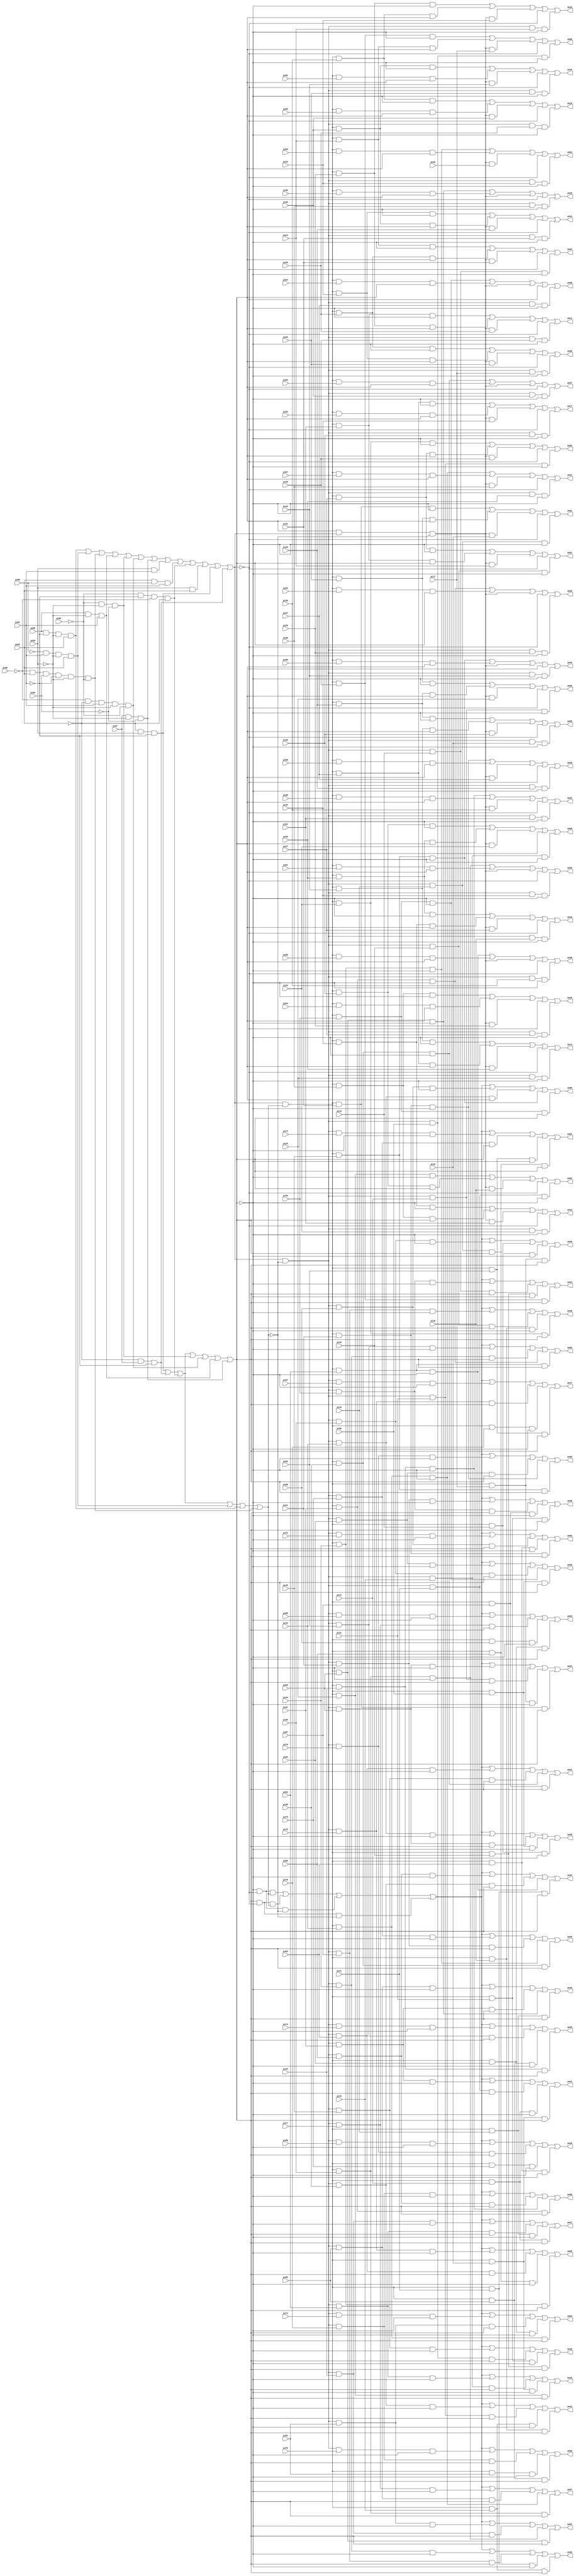
// Benchmark "i9" written by ABC on Thu Mar 19 13:02:36 2020

module i9 ( 
    pi00, pi01, pi02, pi03, pi04, pi05, pi06, pi07, pi08, pi09, pi10, pi11,
    pi12, pi13, pi14, pi15, pi16, pi17, pi18, pi19, pi20, pi21, pi22, pi23,
    pi24, pi25, pi26, pi27, pi28, pi29, pi30, pi31, pi32, pi33, pi34, pi35,
    pi36, pi37, pi38, pi39, pi40, pi41, pi42, pi43, pi44, pi45, pi46, pi47,
    pi48, pi49, pi50, pi51, pi52, pi53, pi54, pi55, pi56, pi57, pi58, pi59,
    pi60, pi61, pi62, pi63, pi64, pi65, pi66, pi67, pi68, pi69, pi70, pi71,
    pi72, pi73, pi74, pi75, pi76, pi77, pi78, pi79, pi80, pi81, pi82, pi83,
    pi84, pi85, pi86, pi87,
    po00, po01, po02, po03, po04, po05, po06, po07, po08, po09, po10, po11,
    po12, po13, po14, po15, po16, po17, po18, po19, po20, po21, po22, po23,
    po24, po25, po26, po27, po28, po29, po30, po31, po32, po33, po34, po35,
    po36, po37, po38, po39, po40, po41, po42, po43, po44, po45, po46, po47,
    po48, po49, po50, po51, po52, po53, po54, po55, po56, po57, po58, po59,
    po60, po61, po62  );
  input  pi00, pi01, pi02, pi03, pi04, pi05, pi06, pi07, pi08, pi09,
    pi10, pi11, pi12, pi13, pi14, pi15, pi16, pi17, pi18, pi19, pi20, pi21,
    pi22, pi23, pi24, pi25, pi26, pi27, pi28, pi29, pi30, pi31, pi32, pi33,
    pi34, pi35, pi36, pi37, pi38, pi39, pi40, pi41, pi42, pi43, pi44, pi45,
    pi46, pi47, pi48, pi49, pi50, pi51, pi52, pi53, pi54, pi55, pi56, pi57,
    pi58, pi59, pi60, pi61, pi62, pi63, pi64, pi65, pi66, pi67, pi68, pi69,
    pi70, pi71, pi72, pi73, pi74, pi75, pi76, pi77, pi78, pi79, pi80, pi81,
    pi82, pi83, pi84, pi85, pi86, pi87;
  output po00, po01, po02, po03, po04, po05, po06, po07, po08, po09, po10,
    po11, po12, po13, po14, po15, po16, po17, po18, po19, po20, po21, po22,
    po23, po24, po25, po26, po27, po28, po29, po30, po31, po32, po33, po34,
    po35, po36, po37, po38, po39, po40, po41, po42, po43, po44, po45, po46,
    po47, po48, po49, po50, po51, po52, po53, po54, po55, po56, po57, po58,
    po59, po60, po61, po62;
  wire new_n152_, new_n153_, new_n154_, new_n155_, new_n156_, new_n157_,
    new_n158_, new_n159_, new_n160_, new_n161_, new_n162_, new_n163_,
    new_n164_, new_n165_, new_n166_, new_n167_, new_n168_, new_n169_,
    new_n170_, new_n171_, new_n172_, new_n173_, new_n174_, new_n175_,
    new_n176_, new_n178_, new_n180_, new_n182_, new_n184_, new_n186_,
    new_n188_, new_n190_, new_n192_, new_n194_, new_n196_, new_n198_,
    new_n200_, new_n202_, new_n204_, new_n206_, new_n208_, new_n210_,
    new_n212_, new_n214_, new_n216_, new_n218_, new_n220_, new_n222_,
    new_n224_, new_n226_, new_n228_, new_n230_, new_n232_, new_n234_,
    new_n236_, new_n238_, new_n239_, new_n240_, new_n241_, new_n242_,
    new_n243_, new_n244_, new_n245_, new_n246_, new_n247_, new_n248_,
    new_n249_, new_n250_, new_n251_, new_n252_, new_n253_, new_n254_,
    new_n255_, new_n256_, new_n257_, new_n258_, new_n259_, new_n260_,
    new_n261_, new_n262_, new_n263_, new_n264_, new_n265_, new_n266_,
    new_n267_, new_n268_, new_n269_, new_n270_, new_n271_, new_n272_,
    new_n273_, new_n274_, new_n275_, new_n276_, new_n277_, new_n278_,
    new_n279_, new_n280_, new_n281_, new_n282_, new_n283_, new_n284_,
    new_n285_, new_n286_, new_n287_, new_n288_, new_n289_, new_n290_,
    new_n291_, new_n292_, new_n293_, new_n294_, new_n295_, new_n296_,
    new_n297_, new_n298_, new_n299_, new_n300_, new_n301_, new_n302_,
    new_n303_, new_n304_, new_n305_, new_n306_, new_n307_, new_n308_,
    new_n309_, new_n310_, new_n311_, new_n312_, new_n313_, new_n314_,
    new_n315_, new_n316_, new_n317_, new_n318_, new_n319_, new_n320_,
    new_n321_, new_n322_, new_n323_, new_n356_, new_n357_, new_n358_,
    new_n359_, new_n360_, new_n361_, new_n362_, new_n363_, new_n364_,
    new_n365_, new_n366_, new_n367_, new_n368_, new_n369_, new_n370_,
    new_n371_, new_n372_, new_n373_, new_n374_, new_n375_, new_n376_,
    new_n377_, new_n378_, new_n379_, new_n380_, new_n381_, new_n382_,
    new_n383_, new_n384_, new_n385_, new_n386_, new_n387_, new_n388_,
    new_n389_, new_n390_, new_n391_, new_n392_, new_n393_, new_n394_,
    new_n395_, new_n396_, new_n397_, new_n398_, new_n399_, new_n400_,
    new_n401_, new_n402_, new_n403_, new_n404_, new_n405_, new_n406_,
    new_n407_, new_n408_, new_n409_, new_n410_, new_n411_, new_n412_,
    new_n413_, new_n414_, new_n415_, new_n416_, new_n417_, new_n418_,
    new_n419_, new_n420_, new_n421_, new_n422_, new_n423_, new_n424_,
    new_n425_, new_n426_, new_n427_, new_n428_, new_n429_, new_n430_,
    new_n431_, new_n432_, new_n433_, new_n434_, new_n435_, new_n436_,
    new_n437_, new_n438_, new_n439_, new_n440_, new_n441_, new_n442_,
    new_n443_, new_n444_, new_n445_, new_n446_, new_n447_, new_n448_,
    new_n449_, new_n450_, new_n451_, new_n452_, new_n453_, new_n454_,
    new_n455_, new_n456_, new_n457_, new_n458_, new_n459_, new_n460_,
    new_n461_, new_n462_, new_n463_, new_n464_, new_n465_, new_n466_,
    new_n467_, new_n468_, new_n469_, new_n470_, new_n471_, new_n472_,
    new_n473_, new_n474_, new_n475_, new_n476_, new_n477_, new_n478_,
    new_n479_, new_n480_, new_n481_, new_n482_, new_n483_, new_n484_,
    new_n485_, new_n486_, new_n487_, new_n488_, new_n489_, new_n490_,
    new_n491_, new_n492_, new_n493_, new_n494_, new_n495_, new_n496_,
    new_n497_, new_n498_, new_n499_, new_n500_, new_n501_, new_n502_,
    new_n503_, new_n504_;
  assign new_n152_ = pi02 & pi00 & pi01;
  assign new_n153_ = pi03 & pi01;
  assign new_n154_ = pi03 & pi02;
  assign new_n155_ = ~pi04;
  assign new_n156_ = ~pi05;
  assign new_n157_ = ~pi03;
  assign new_n158_ = new_n156_ & new_n157_ & new_n155_;
  assign new_n159_ = ~pi02;
  assign new_n160_ = ~pi06;
  assign new_n161_ = new_n160_ & new_n159_ & pi01 & new_n157_ & new_n156_;
  assign new_n162_ = pi07 & new_n157_ & new_n155_;
  assign new_n163_ = pi08 & new_n157_ & pi01;
  assign new_n164_ = ~pi00;
  assign new_n165_ = new_n164_ & pi01 & new_n157_ & pi02;
  assign new_n166_ = ~pi01;
  assign new_n167_ = new_n160_ & pi02 & pi04 & new_n166_ & new_n157_ & new_n156_;
  assign new_n168_ = pi08 & new_n166_ & new_n157_ & pi02;
  assign new_n169_ = new_n156_ & new_n166_ & new_n160_ & new_n159_;
  assign new_n170_ = new_n159_ & pi07 & new_n166_;
  assign new_n171_ = new_n159_ & pi03 & new_n166_;
  assign new_n172_ = new_n168_ | new_n165_ | new_n167_ | new_n163_ | new_n158_ | new_n161_ | new_n162_ | new_n153_ | new_n152_ | new_n169_ | new_n154_ | new_n171_ | new_n170_;
  assign new_n173_ = new_n171_ | new_n170_ | new_n169_ | new_n165_ | new_n168_ | new_n167_;
  assign new_n174_ = new_n171_ | new_n170_ | new_n169_ | new_n158_ | new_n161_ | new_n163_ | new_n162_;
  assign new_n175_ = ~new_n172_;
  assign new_n176_ = new_n172_ & new_n484_ & pi09 & new_n485_;
  assign po00 = new_n262_ | new_n293_ | new_n238_ | new_n175_ | new_n176_;
  assign new_n178_ = new_n172_ & new_n484_ & pi10 & new_n485_;
  assign po01 = new_n263_ | new_n294_ | new_n239_ | new_n175_ | new_n178_;
  assign new_n180_ = new_n172_ & new_n484_ & pi11 & new_n485_;
  assign po02 = new_n264_ | new_n295_ | new_n240_ | new_n175_ | new_n180_;
  assign new_n182_ = new_n172_ & new_n484_ & pi12 & new_n485_;
  assign po03 = new_n265_ | new_n296_ | new_n241_ | new_n175_ | new_n182_;
  assign new_n184_ = new_n172_ & new_n484_ & pi13 & new_n485_;
  assign po04 = new_n266_ | new_n297_ | new_n242_ | new_n175_ | new_n184_;
  assign new_n186_ = new_n172_ & new_n484_ & pi14 & new_n485_;
  assign po05 = new_n267_ | new_n298_ | new_n243_ | new_n175_ | new_n186_;
  assign new_n188_ = new_n172_ & new_n484_ & pi15 & new_n485_;
  assign po06 = new_n268_ | new_n299_ | new_n244_ | new_n175_ | new_n188_;
  assign new_n190_ = new_n172_ & new_n484_ & pi16 & new_n485_;
  assign po07 = new_n269_ | new_n300_ | new_n245_ | new_n175_ | new_n190_;
  assign new_n192_ = new_n172_ & new_n484_ & pi17 & new_n485_;
  assign po08 = new_n270_ | new_n301_ | new_n246_ | new_n175_ | new_n192_;
  assign new_n194_ = new_n172_ & new_n484_ & pi18 & new_n485_;
  assign po09 = new_n271_ | new_n302_ | new_n247_ | new_n175_ | new_n194_;
  assign new_n196_ = new_n172_ & new_n484_ & pi19 & new_n485_;
  assign po10 = new_n272_ | new_n303_ | new_n248_ | new_n175_ | new_n196_;
  assign new_n198_ = new_n172_ & new_n484_ & pi20 & new_n485_;
  assign po11 = new_n273_ | new_n304_ | new_n249_ | new_n175_ | new_n198_;
  assign new_n200_ = new_n172_ & new_n484_ & pi21 & new_n485_;
  assign po12 = new_n274_ | new_n305_ | new_n250_ | new_n175_ | new_n200_;
  assign new_n202_ = new_n172_ & new_n484_ & pi22 & new_n485_;
  assign po13 = new_n275_ | new_n306_ | new_n251_ | new_n175_ | new_n202_;
  assign new_n204_ = new_n172_ & new_n484_ & pi23 & new_n485_;
  assign po14 = new_n276_ | new_n307_ | new_n252_ | new_n175_ | new_n204_;
  assign new_n206_ = new_n172_ & new_n484_ & pi24 & new_n485_;
  assign po15 = new_n277_ | new_n308_ | new_n253_ | new_n175_ | new_n206_;
  assign new_n208_ = new_n172_ & new_n484_ & pi25 & new_n485_;
  assign po16 = new_n278_ | new_n309_ | new_n254_ | new_n175_ | new_n208_;
  assign new_n210_ = new_n172_ & new_n484_ & pi26 & new_n485_;
  assign po17 = new_n279_ | new_n310_ | new_n255_ | new_n175_ | new_n210_;
  assign new_n212_ = new_n172_ & new_n484_ & pi27 & new_n485_;
  assign po18 = new_n280_ | new_n311_ | new_n256_ | new_n175_ | new_n212_;
  assign new_n214_ = new_n172_ & new_n484_ & pi28 & new_n485_;
  assign po19 = new_n281_ | new_n312_ | new_n257_ | new_n175_ | new_n214_;
  assign new_n216_ = new_n172_ & new_n484_ & pi29 & new_n485_;
  assign po20 = new_n282_ | new_n313_ | new_n258_ | new_n175_ | new_n216_;
  assign new_n218_ = new_n172_ & new_n484_ & pi30 & new_n485_;
  assign po21 = new_n283_ | new_n314_ | new_n259_ | new_n175_ | new_n218_;
  assign new_n220_ = new_n172_ & new_n484_ & pi31 & new_n485_;
  assign po22 = new_n284_ | new_n315_ | new_n260_ | new_n175_ | new_n220_;
  assign new_n222_ = new_n172_ & new_n484_ & pi32 & new_n485_;
  assign po23 = new_n285_ | new_n316_ | new_n261_ | new_n175_ | new_n222_;
  assign new_n224_ = new_n172_ & new_n484_ & pi33 & new_n485_;
  assign po24 = new_n286_ | new_n317_ | new_n487_ | new_n175_ | new_n224_;
  assign new_n226_ = new_n172_ & new_n484_ & pi34 & new_n485_;
  assign po25 = new_n287_ | new_n318_ | new_n487_ | new_n175_ | new_n226_;
  assign new_n228_ = new_n172_ & new_n484_ & pi35 & new_n485_;
  assign po26 = new_n288_ | new_n319_ | new_n487_ | new_n175_ | new_n228_;
  assign new_n230_ = new_n172_ & new_n484_ & pi36 & new_n485_;
  assign po27 = new_n289_ | new_n320_ | new_n487_ | new_n175_ | new_n230_;
  assign new_n232_ = new_n172_ & new_n484_ & pi37 & new_n485_;
  assign po28 = new_n290_ | new_n321_ | new_n487_ | new_n175_ | new_n232_;
  assign new_n234_ = new_n172_ & new_n484_ & pi38 & new_n485_;
  assign po29 = new_n291_ | new_n322_ | new_n487_ | new_n175_ | new_n234_;
  assign new_n236_ = new_n172_ & new_n484_ & pi39 & new_n485_;
  assign po30 = new_n292_ | new_n323_ | new_n487_ | new_n175_ | new_n236_;
  assign new_n238_ = new_n487_ & pi17;
  assign new_n239_ = new_n487_ & pi18;
  assign new_n240_ = new_n487_ & pi19;
  assign new_n241_ = new_n487_ & pi20;
  assign new_n242_ = new_n487_ & pi21;
  assign new_n243_ = new_n487_ & pi22;
  assign new_n244_ = new_n487_ & pi23;
  assign new_n245_ = new_n487_ & pi24;
  assign new_n246_ = new_n487_ & pi25;
  assign new_n247_ = new_n487_ & pi26;
  assign new_n248_ = new_n487_ & pi27;
  assign new_n249_ = new_n487_ & pi28;
  assign new_n250_ = new_n487_ & pi29;
  assign new_n251_ = new_n487_ & pi30;
  assign new_n252_ = new_n487_ & pi31;
  assign new_n253_ = new_n487_ & pi32;
  assign new_n254_ = new_n487_ & pi33;
  assign new_n255_ = new_n487_ & pi34;
  assign new_n256_ = new_n487_ & pi35;
  assign new_n257_ = new_n487_ & pi36;
  assign new_n258_ = new_n487_ & pi37;
  assign new_n259_ = new_n487_ & pi38;
  assign new_n260_ = new_n487_ & pi39;
  assign new_n261_ = new_n487_ & pi40;
  assign new_n262_ = new_n172_ & new_n173_ & pi20 & new_n488_;
  assign new_n263_ = new_n172_ & new_n173_ & pi21 & new_n488_;
  assign new_n264_ = new_n172_ & new_n173_ & pi22 & new_n488_;
  assign new_n265_ = new_n172_ & new_n173_ & pi23 & new_n488_;
  assign new_n266_ = new_n172_ & new_n173_ & pi24 & new_n488_;
  assign new_n267_ = new_n172_ & new_n173_ & pi25 & new_n488_;
  assign new_n268_ = new_n172_ & new_n173_ & pi26 & new_n488_;
  assign new_n269_ = new_n172_ & new_n173_ & pi27 & new_n488_;
  assign new_n270_ = new_n172_ & new_n173_ & pi28 & new_n488_;
  assign new_n271_ = new_n172_ & new_n173_ & pi29 & new_n488_;
  assign new_n272_ = new_n172_ & new_n173_ & pi30 & new_n488_;
  assign new_n273_ = new_n172_ & new_n173_ & pi31 & new_n488_;
  assign new_n274_ = new_n172_ & new_n173_ & pi32 & new_n488_;
  assign new_n275_ = new_n172_ & new_n173_ & pi33 & new_n488_;
  assign new_n276_ = new_n172_ & new_n173_ & pi34 & new_n488_;
  assign new_n277_ = new_n172_ & new_n173_ & pi35 & new_n488_;
  assign new_n278_ = new_n172_ & new_n173_ & pi36 & new_n488_;
  assign new_n279_ = new_n172_ & new_n173_ & pi37 & new_n488_;
  assign new_n280_ = new_n172_ & new_n173_ & pi38 & new_n488_;
  assign new_n281_ = new_n172_ & new_n173_ & pi39 & new_n488_;
  assign new_n282_ = new_n172_ & new_n173_ & pi41 & new_n488_;
  assign new_n283_ = new_n172_ & new_n173_ & pi42 & new_n488_;
  assign new_n284_ = new_n172_ & new_n173_ & pi43 & new_n488_;
  assign new_n285_ = new_n172_ & new_n173_ & pi44 & new_n488_;
  assign new_n286_ = new_n172_ & new_n173_ & pi45 & new_n488_;
  assign new_n287_ = new_n172_ & new_n173_ & pi46 & new_n488_;
  assign new_n288_ = new_n172_ & new_n173_ & pi47 & new_n488_;
  assign new_n289_ = new_n172_ & new_n173_ & pi48 & new_n488_;
  assign new_n290_ = new_n172_ & new_n173_ & pi49 & new_n488_;
  assign new_n291_ = new_n172_ & new_n173_ & pi50 & new_n488_;
  assign new_n292_ = new_n172_ & new_n173_ & pi51 & new_n488_;
  assign new_n293_ = new_n172_ & new_n173_ & pi24 & new_n174_;
  assign new_n294_ = new_n172_ & new_n173_ & pi25 & new_n174_;
  assign new_n295_ = new_n172_ & new_n173_ & pi26 & new_n174_;
  assign new_n296_ = new_n172_ & new_n173_ & pi27 & new_n174_;
  assign new_n297_ = new_n172_ & new_n173_ & pi28 & new_n174_;
  assign new_n298_ = new_n172_ & new_n173_ & pi29 & new_n174_;
  assign new_n299_ = new_n172_ & new_n173_ & pi30 & new_n174_;
  assign new_n300_ = new_n172_ & new_n173_ & pi31 & new_n174_;
  assign new_n301_ = new_n172_ & new_n173_ & pi32 & new_n174_;
  assign new_n302_ = new_n172_ & new_n173_ & pi33 & new_n174_;
  assign new_n303_ = new_n172_ & new_n173_ & pi34 & new_n174_;
  assign new_n304_ = new_n172_ & new_n173_ & pi35 & new_n174_;
  assign new_n305_ = new_n172_ & new_n173_ & pi36 & new_n174_;
  assign new_n306_ = new_n172_ & new_n173_ & pi37 & new_n174_;
  assign new_n307_ = new_n172_ & new_n173_ & pi38 & new_n174_;
  assign new_n308_ = new_n172_ & new_n173_ & pi39 & new_n174_;
  assign new_n309_ = new_n172_ & new_n173_ & pi52 & new_n174_;
  assign new_n310_ = new_n172_ & new_n173_ & pi53 & new_n174_;
  assign new_n311_ = new_n172_ & new_n173_ & pi54 & new_n174_;
  assign new_n312_ = new_n172_ & new_n173_ & pi55 & new_n174_;
  assign new_n313_ = new_n172_ & new_n173_ & pi56 & new_n174_;
  assign new_n314_ = new_n172_ & new_n173_ & pi57 & new_n174_;
  assign new_n315_ = new_n172_ & new_n173_ & pi58 & new_n174_;
  assign new_n316_ = new_n172_ & new_n173_ & pi59 & new_n174_;
  assign new_n317_ = new_n172_ & new_n173_ & pi60 & new_n174_;
  assign new_n318_ = new_n172_ & new_n173_ & pi61 & new_n174_;
  assign new_n319_ = new_n172_ & new_n173_ & pi62 & new_n174_;
  assign new_n320_ = new_n172_ & new_n173_ & pi63 & new_n174_;
  assign new_n321_ = new_n172_ & new_n173_ & pi64 & new_n174_;
  assign new_n322_ = new_n172_ & new_n173_ & pi65 & new_n174_;
  assign new_n323_ = new_n172_ & new_n173_ & pi66 & new_n174_;
  assign po31 = new_n498_ | new_n500_ | new_n492_ | new_n495_ | new_n372_ | new_n404_ | new_n436_ | new_n468_;
  assign po32 = new_n498_ | new_n500_ | new_n492_ | new_n495_ | new_n373_ | new_n405_ | new_n437_ | new_n469_;
  assign po33 = new_n498_ | new_n500_ | new_n492_ | new_n495_ | new_n374_ | new_n406_ | new_n438_ | new_n470_;
  assign po34 = new_n498_ | new_n500_ | new_n492_ | new_n495_ | new_n375_ | new_n407_ | new_n439_ | new_n471_;
  assign po35 = new_n498_ | new_n500_ | new_n492_ | new_n495_ | new_n376_ | new_n408_ | new_n440_ | new_n472_;
  assign po36 = new_n498_ | new_n500_ | new_n492_ | new_n495_ | new_n377_ | new_n409_ | new_n441_ | new_n473_;
  assign po37 = new_n498_ | new_n500_ | new_n492_ | new_n495_ | new_n378_ | new_n410_ | new_n442_ | new_n474_;
  assign po38 = new_n498_ | new_n500_ | new_n492_ | new_n495_ | new_n379_ | new_n411_ | new_n443_ | new_n475_;
  assign po39 = new_n498_ | new_n500_ | new_n492_ | new_n495_ | new_n380_ | new_n412_ | new_n444_ | new_n476_;
  assign po40 = new_n498_ | new_n500_ | new_n492_ | new_n495_ | new_n381_ | new_n413_ | new_n445_ | new_n477_;
  assign po41 = new_n498_ | new_n500_ | new_n492_ | new_n495_ | new_n382_ | new_n414_ | new_n446_ | new_n478_;
  assign po42 = new_n498_ | new_n500_ | new_n492_ | new_n495_ | new_n383_ | new_n415_ | new_n447_ | new_n479_;
  assign po43 = new_n498_ | new_n500_ | new_n492_ | new_n495_ | new_n384_ | new_n416_ | new_n448_ | new_n480_;
  assign po44 = new_n498_ | new_n500_ | new_n492_ | new_n495_ | new_n385_ | new_n417_ | new_n449_ | new_n481_;
  assign po45 = new_n498_ | new_n500_ | new_n492_ | new_n495_ | new_n386_ | new_n418_ | new_n450_ | new_n482_;
  assign po46 = new_n498_ | new_n500_ | new_n492_ | new_n495_ | new_n387_ | new_n419_ | new_n451_ | new_n483_;
  assign po47 = new_n498_ | new_n500_ | new_n492_ | new_n495_ | new_n356_ | new_n388_ | new_n420_ | new_n452_;
  assign po48 = new_n498_ | new_n500_ | new_n492_ | new_n495_ | new_n357_ | new_n389_ | new_n421_ | new_n453_;
  assign po49 = new_n498_ | new_n500_ | new_n492_ | new_n495_ | new_n358_ | new_n390_ | new_n422_ | new_n454_;
  assign po50 = new_n498_ | new_n500_ | new_n492_ | new_n495_ | new_n359_ | new_n391_ | new_n423_ | new_n455_;
  assign po51 = new_n498_ | new_n500_ | new_n492_ | new_n495_ | new_n360_ | new_n392_ | new_n424_ | new_n456_;
  assign po52 = new_n498_ | new_n500_ | new_n492_ | new_n495_ | new_n361_ | new_n393_ | new_n425_ | new_n457_;
  assign po53 = new_n498_ | new_n500_ | new_n492_ | new_n495_ | new_n362_ | new_n394_ | new_n426_ | new_n458_;
  assign po54 = new_n498_ | new_n500_ | new_n492_ | new_n495_ | new_n363_ | new_n395_ | new_n427_ | new_n459_;
  assign po55 = new_n498_ | new_n500_ | new_n492_ | new_n495_ | new_n364_ | new_n396_ | new_n428_ | new_n460_;
  assign po56 = new_n498_ | new_n500_ | new_n492_ | new_n495_ | new_n365_ | new_n397_ | new_n429_ | new_n461_;
  assign po57 = new_n498_ | new_n500_ | new_n492_ | new_n495_ | new_n366_ | new_n398_ | new_n430_ | new_n462_;
  assign po58 = new_n498_ | new_n500_ | new_n492_ | new_n495_ | new_n367_ | new_n399_ | new_n431_ | new_n463_;
  assign po59 = new_n498_ | new_n500_ | new_n492_ | new_n495_ | new_n368_ | new_n400_ | new_n432_ | new_n464_;
  assign po60 = new_n498_ | new_n500_ | new_n492_ | new_n495_ | new_n369_ | new_n401_ | new_n433_ | new_n465_;
  assign po61 = new_n498_ | new_n500_ | new_n492_ | new_n495_ | new_n370_ | new_n402_ | new_n434_ | new_n466_;
  assign po62 = new_n498_ | new_n500_ | new_n492_ | new_n495_ | new_n371_ | new_n403_ | new_n435_ | new_n467_;
  assign new_n356_ = new_n172_ & new_n501_ & pi67 & new_n502_;
  assign new_n357_ = new_n172_ & new_n501_ & pi68 & new_n502_;
  assign new_n358_ = new_n172_ & new_n501_ & pi69 & new_n502_;
  assign new_n359_ = new_n172_ & new_n501_ & pi70 & new_n502_;
  assign new_n360_ = new_n172_ & new_n501_ & pi71 & new_n502_;
  assign new_n361_ = new_n172_ & new_n501_ & pi72 & new_n502_;
  assign new_n362_ = new_n172_ & new_n501_ & pi73 & new_n502_;
  assign new_n363_ = new_n172_ & new_n501_ & pi74 & new_n502_;
  assign new_n364_ = new_n172_ & new_n501_ & pi75 & new_n502_;
  assign new_n365_ = new_n172_ & new_n501_ & pi76 & new_n502_;
  assign new_n366_ = new_n172_ & new_n501_ & pi77 & new_n502_;
  assign new_n367_ = new_n172_ & new_n501_ & pi78 & new_n502_;
  assign new_n368_ = new_n172_ & new_n501_ & pi79 & new_n502_;
  assign new_n369_ = new_n172_ & new_n501_ & pi80 & new_n502_;
  assign new_n370_ = new_n172_ & new_n501_ & pi81 & new_n502_;
  assign new_n371_ = new_n172_ & new_n501_ & pi82 & new_n502_;
  assign new_n372_ = new_n172_ & new_n501_ & pi83 & new_n502_;
  assign new_n373_ = new_n172_ & new_n501_ & pi84 & new_n502_;
  assign new_n374_ = new_n172_ & new_n501_ & pi85 & new_n502_;
  assign new_n375_ = new_n172_ & new_n501_ & pi86 & new_n502_;
  assign new_n376_ = new_n172_ & new_n501_ & pi41 & new_n502_;
  assign new_n377_ = new_n172_ & new_n501_ & pi42 & new_n502_;
  assign new_n378_ = new_n172_ & new_n501_ & pi43 & new_n502_;
  assign new_n379_ = new_n172_ & new_n501_ & pi44 & new_n502_;
  assign new_n380_ = new_n172_ & new_n501_ & pi45 & new_n502_;
  assign new_n381_ = new_n172_ & new_n501_ & pi46 & new_n502_;
  assign new_n382_ = new_n172_ & new_n501_ & pi47 & new_n502_;
  assign new_n383_ = new_n172_ & new_n501_ & pi48 & new_n502_;
  assign new_n384_ = new_n172_ & new_n501_ & pi49 & new_n502_;
  assign new_n385_ = new_n172_ & new_n501_ & pi50 & new_n502_;
  assign new_n386_ = new_n172_ & new_n501_ & pi51 & new_n502_;
  assign new_n387_ = new_n172_ & new_n501_ & pi87 & new_n502_;
  assign new_n388_ = new_n172_ & new_n503_ & pi75 & new_n174_;
  assign new_n389_ = new_n172_ & new_n503_ & pi76 & new_n174_;
  assign new_n390_ = new_n172_ & new_n503_ & pi77 & new_n174_;
  assign new_n391_ = new_n172_ & new_n503_ & pi78 & new_n174_;
  assign new_n392_ = new_n172_ & new_n503_ & pi79 & new_n174_;
  assign new_n393_ = new_n172_ & new_n503_ & pi80 & new_n174_;
  assign new_n394_ = new_n172_ & new_n503_ & pi81 & new_n174_;
  assign new_n395_ = new_n172_ & new_n503_ & pi82 & new_n174_;
  assign new_n396_ = new_n172_ & new_n503_ & pi83 & new_n174_;
  assign new_n397_ = new_n172_ & new_n503_ & pi84 & new_n174_;
  assign new_n398_ = new_n172_ & new_n503_ & pi85 & new_n174_;
  assign new_n399_ = new_n172_ & new_n503_ & pi86 & new_n174_;
  assign new_n400_ = new_n172_ & new_n503_ & pi41 & new_n174_;
  assign new_n401_ = new_n172_ & new_n503_ & pi42 & new_n174_;
  assign new_n402_ = new_n172_ & new_n503_ & pi43 & new_n174_;
  assign new_n403_ = new_n172_ & new_n503_ & pi44 & new_n174_;
  assign new_n404_ = new_n172_ & new_n503_ & pi45 & new_n174_;
  assign new_n405_ = new_n172_ & new_n503_ & pi46 & new_n174_;
  assign new_n406_ = new_n172_ & new_n503_ & pi47 & new_n174_;
  assign new_n407_ = new_n172_ & new_n503_ & pi48 & new_n174_;
  assign new_n408_ = new_n172_ & new_n503_ & pi49 & new_n174_;
  assign new_n409_ = new_n172_ & new_n503_ & pi50 & new_n174_;
  assign new_n410_ = new_n172_ & new_n503_ & pi51 & new_n174_;
  assign new_n411_ = new_n172_ & new_n503_ & pi87 & new_n174_;
  assign new_n412_ = new_n172_ & new_n503_ & pi09 & new_n174_;
  assign new_n413_ = new_n172_ & new_n503_ & pi10 & new_n174_;
  assign new_n414_ = new_n172_ & new_n503_ & pi11 & new_n174_;
  assign new_n415_ = new_n172_ & new_n503_ & pi12 & new_n174_;
  assign new_n416_ = new_n172_ & new_n503_ & pi13 & new_n174_;
  assign new_n417_ = new_n172_ & new_n503_ & pi14 & new_n174_;
  assign new_n418_ = new_n172_ & new_n503_ & pi15 & new_n174_;
  assign new_n419_ = new_n172_ & new_n503_ & pi16 & new_n174_;
  assign new_n420_ = new_n172_ & new_n173_ & pi78 & new_n504_;
  assign new_n421_ = new_n172_ & new_n173_ & pi79 & new_n504_;
  assign new_n422_ = new_n172_ & new_n173_ & pi80 & new_n504_;
  assign new_n423_ = new_n172_ & new_n173_ & pi81 & new_n504_;
  assign new_n424_ = new_n172_ & new_n173_ & pi82 & new_n504_;
  assign new_n425_ = new_n172_ & new_n173_ & pi83 & new_n504_;
  assign new_n426_ = new_n172_ & new_n173_ & pi84 & new_n504_;
  assign new_n427_ = new_n172_ & new_n173_ & pi85 & new_n504_;
  assign new_n428_ = new_n172_ & new_n173_ & pi86 & new_n504_;
  assign new_n429_ = new_n172_ & new_n173_ & pi41 & new_n504_;
  assign new_n430_ = new_n172_ & new_n173_ & pi42 & new_n504_;
  assign new_n431_ = new_n172_ & new_n173_ & pi43 & new_n504_;
  assign new_n432_ = new_n172_ & new_n173_ & pi44 & new_n504_;
  assign new_n433_ = new_n172_ & new_n173_ & pi45 & new_n504_;
  assign new_n434_ = new_n172_ & new_n173_ & pi46 & new_n504_;
  assign new_n435_ = new_n172_ & new_n173_ & pi47 & new_n504_;
  assign new_n436_ = new_n172_ & new_n173_ & pi48 & new_n504_;
  assign new_n437_ = new_n172_ & new_n173_ & pi49 & new_n504_;
  assign new_n438_ = new_n172_ & new_n173_ & pi50 & new_n504_;
  assign new_n439_ = new_n172_ & new_n173_ & pi51 & new_n504_;
  assign new_n440_ = new_n172_ & new_n173_ & pi87 & new_n504_;
  assign new_n441_ = new_n172_ & new_n173_ & pi09 & new_n504_;
  assign new_n442_ = new_n172_ & new_n173_ & pi10 & new_n504_;
  assign new_n443_ = new_n172_ & new_n173_ & pi11 & new_n504_;
  assign new_n444_ = new_n172_ & new_n173_ & pi12 & new_n504_;
  assign new_n445_ = new_n172_ & new_n173_ & pi13 & new_n504_;
  assign new_n446_ = new_n172_ & new_n173_ & pi14 & new_n504_;
  assign new_n447_ = new_n172_ & new_n173_ & pi15 & new_n504_;
  assign new_n448_ = new_n172_ & new_n173_ & pi16 & new_n504_;
  assign new_n449_ = new_n172_ & new_n173_ & pi17 & new_n504_;
  assign new_n450_ = new_n172_ & new_n173_ & pi18 & new_n504_;
  assign new_n451_ = new_n172_ & new_n173_ & pi19 & new_n504_;
  assign new_n452_ = new_n172_ & new_n173_ & pi82 & new_n174_;
  assign new_n453_ = new_n172_ & new_n173_ & pi83 & new_n174_;
  assign new_n454_ = new_n172_ & new_n173_ & pi84 & new_n174_;
  assign new_n455_ = new_n172_ & new_n173_ & pi85 & new_n174_;
  assign new_n456_ = new_n172_ & new_n173_ & pi86 & new_n174_;
  assign new_n457_ = new_n172_ & new_n173_ & pi41 & new_n174_;
  assign new_n458_ = new_n172_ & new_n173_ & pi42 & new_n174_;
  assign new_n459_ = new_n172_ & new_n173_ & pi43 & new_n174_;
  assign new_n460_ = new_n172_ & new_n173_ & pi44 & new_n174_;
  assign new_n461_ = new_n172_ & new_n173_ & pi45 & new_n174_;
  assign new_n462_ = new_n172_ & new_n173_ & pi46 & new_n174_;
  assign new_n463_ = new_n172_ & new_n173_ & pi47 & new_n174_;
  assign new_n464_ = new_n172_ & new_n173_ & pi48 & new_n174_;
  assign new_n465_ = new_n172_ & new_n173_ & pi49 & new_n174_;
  assign new_n466_ = new_n172_ & new_n173_ & pi50 & new_n174_;
  assign new_n467_ = new_n172_ & new_n173_ & pi51 & new_n174_;
  assign new_n468_ = new_n172_ & new_n173_ & pi87 & new_n174_;
  assign new_n469_ = new_n172_ & new_n173_ & pi09 & new_n174_;
  assign new_n470_ = new_n172_ & new_n173_ & pi10 & new_n174_;
  assign new_n471_ = new_n172_ & new_n173_ & pi11 & new_n174_;
  assign new_n472_ = new_n172_ & new_n173_ & pi12 & new_n174_;
  assign new_n473_ = new_n172_ & new_n173_ & pi13 & new_n174_;
  assign new_n474_ = new_n172_ & new_n173_ & pi14 & new_n174_;
  assign new_n475_ = new_n172_ & new_n173_ & pi15 & new_n174_;
  assign new_n476_ = new_n172_ & new_n173_ & pi16 & new_n174_;
  assign new_n477_ = new_n172_ & new_n173_ & pi17 & new_n174_;
  assign new_n478_ = new_n172_ & new_n173_ & pi18 & new_n174_;
  assign new_n479_ = new_n172_ & new_n173_ & pi19 & new_n174_;
  assign new_n480_ = new_n172_ & new_n173_ & pi20 & new_n174_;
  assign new_n481_ = new_n172_ & new_n173_ & pi21 & new_n174_;
  assign new_n482_ = new_n172_ & new_n173_ & pi22 & new_n174_;
  assign new_n483_ = new_n172_ & new_n173_ & pi23 & new_n174_;
  assign new_n484_ = ~new_n173_;
  assign new_n485_ = ~new_n174_;
  assign new_n486_ = ~new_n173_;
  assign new_n487_ = new_n174_ & new_n172_ & new_n486_;
  assign new_n488_ = ~new_n174_;
  assign new_n489_ = ~new_n172_;
  assign new_n490_ = ~new_n173_;
  assign new_n491_ = ~new_n174_;
  assign new_n492_ = new_n491_ & new_n489_ & new_n490_;
  assign new_n493_ = ~new_n172_;
  assign new_n494_ = ~new_n173_;
  assign new_n495_ = new_n174_ & new_n493_ & new_n494_;
  assign new_n496_ = ~new_n172_;
  assign new_n497_ = ~new_n174_;
  assign new_n498_ = new_n497_ & new_n496_ & new_n173_;
  assign new_n499_ = ~new_n172_;
  assign new_n500_ = new_n174_ & new_n499_ & new_n173_;
  assign new_n501_ = ~new_n173_;
  assign new_n502_ = ~new_n174_;
  assign new_n503_ = ~new_n173_;
  assign new_n504_ = ~new_n174_;
endmodule